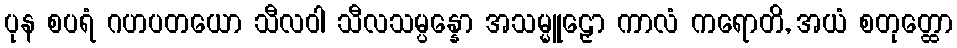
ပုန စပရံ ဂဟပတယော သီလဝါ သီလသမ္ပန္နော အသမ္မူဠှော ကာလံ ကရောတိ, အယံ စတုတ္ထော